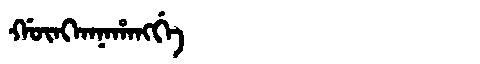
Manchu: ᡤᡡᠩᡴᠠᠨᠠᡥᠠᠩᡤᡝ
Romanization: GŪNGKANAHANGGE